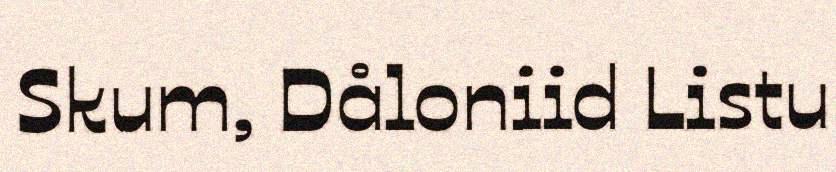
Skum, Dåloniid Listu